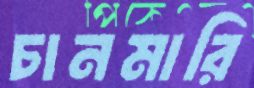
চানমারি